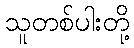
သူတစ်ပါးတို့